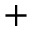
^ +